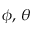
\phi , \, \theta